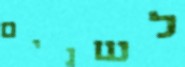
לשנים